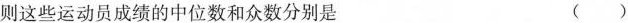
则这些运动员成绩的中位数和众数分别是 ( )